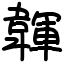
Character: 韗